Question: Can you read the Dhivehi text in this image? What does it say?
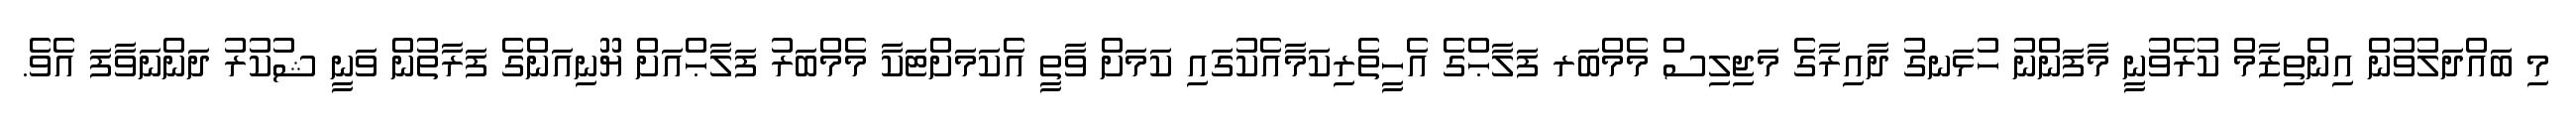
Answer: މި ބައްދަލުވުން އިންތިޒާމް ކުރެވުނީ މާފަންނު ހުޅަނގު ދާއިރާގެ މަޖިލިސް މެމްބަރ ފަލާޙްގެ އެހީތެރިކަމާއެކުގައި ކަމަށް ވާތީ އެކަމަށްޓަކާ މެމްބަރު ފަލާޙްއަށް ޔޫނިއަންގެ ފަރާތުން ވަނީ ޝުކުރު ދަންނަވާފަ އެވެ.